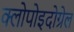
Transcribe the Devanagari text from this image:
क्लोपोइदोग्रेल